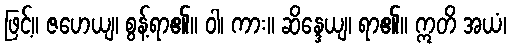
ဖြင့်။ ဇဟေယျ၊ စွန့်ရာ၏။ ဝါ၊ ကား။ ဆိန္ဒေယျ၊ ရာ၏။ ဣတိ အယံ၊